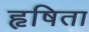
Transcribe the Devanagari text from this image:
हृषिता